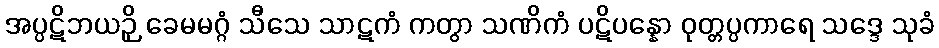
အပ္ပဋိဘယဉှိ ခေမမဂ္ဂံ သီသေ သာဋကံ ကတွာ သဏိကံ ပဋိပန္နော ဝုတ္တပ္ပကာရေ သဒ္ဒေ သုခံ